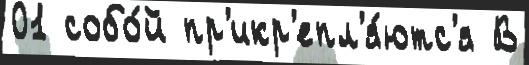
01 собо́й пр'икр'епл'я́ютс'я В